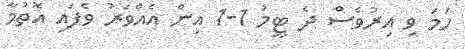
ހަމަ ވި އިރުވެސް ދެ ޓީމު 1-1 އިން އެއްވަރު ވެފައި އޮތުމާ